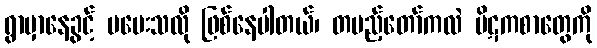
ရွာမှာနေခွင့် မပေးသလို ဖြစ်နေပါတယ်၊ တပည့်တော်ကလဲ ပိဋကစာတွေကို